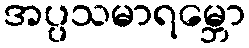
အပ္ပသမာရမ္ဘော